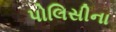
પોલિસીના